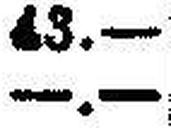
—.—